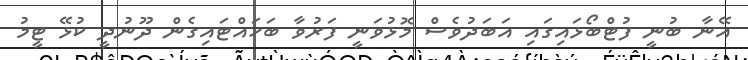
އޭނާ ބުނީ ފުޓްބޯޅައިގައި އަބަދުވެސް މޮޅުވަނީ ފަރުވާ ބަހައްޓައިގެން ދޫނުދީ ކުޅޭ ޓީމު